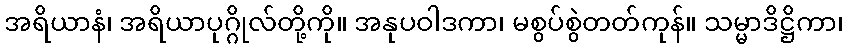
အရိယာနံ၊ အရိယာပုဂ္ဂိုလ်တို့ကို။ အနုပဝါဒကာ၊ မစွပ်စွဲတတ်ကုန်။ သမ္မာဒိဋ္ဌိကာ၊